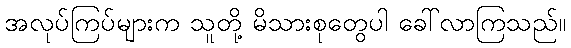
အလုပ်ကြပ်များက သူတို့ မိသားစုတွေပါ ခေါ်လာကြသည်။